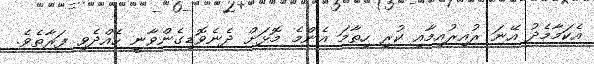
އެކަމާމެދު އޭނަ ރުއިރުއިމާއި ކުރި ހިތާމަ އެންމެ މޮޅަށް ދެނެވޮޑިގެންވާނީ ހެއްދެވި ފަރާތެވެ.